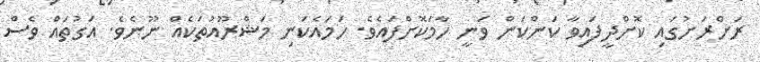
ރަށްރަށުގައި ކޮށްދީފައިވާ ކަންކަން ވަނީ ހާމަކޮށްފައެވެ. ހަމައެކަނި މަޝްރޫއުތަކެއް ނޫނެވެ. އަގުތައް ވެސް